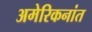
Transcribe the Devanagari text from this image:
अमेरिकनांत